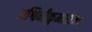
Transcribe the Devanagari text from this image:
अश्विनीकुमारांचा